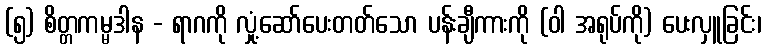
(၅) စိတ္တကမ္မဒါန - ရာဂကို လှုံ့ဆော်ပေးတတ်သော ပန်းချီကားကို (ဝါ အရုပ်ကို) ပေးလှူခြင်း၊